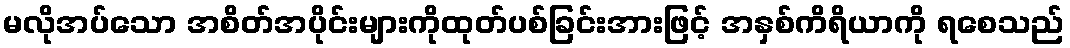
မလိုအပ်သော အစိတ်အပိုင်းများကိုထုတ်ပစ်ခြင်းအားဖြင့် အနှစ်ကိရိယာကို ရစေသည်